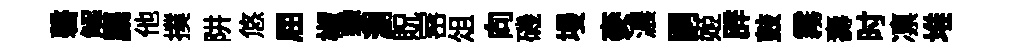
磬解麋他撲阱悠屈椒黎瀏貺宻俎向磯墁麥濃嗣姬辟鼓霧壽时凛堆